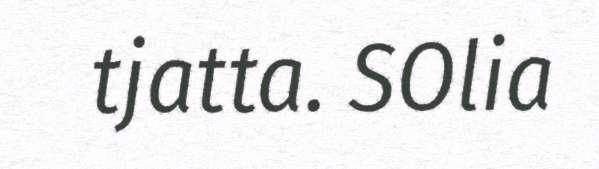
tjatta. SOlia